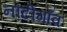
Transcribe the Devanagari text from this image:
नौटीगाँव